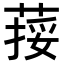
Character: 𦵭